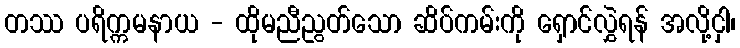
တဿ ပရိက္ကမနာယ - ထိုမညီညွတ်သော ဆိပ်ကမ်းကို ရှောင်လွှဲရန် အလို့ငှါ၊